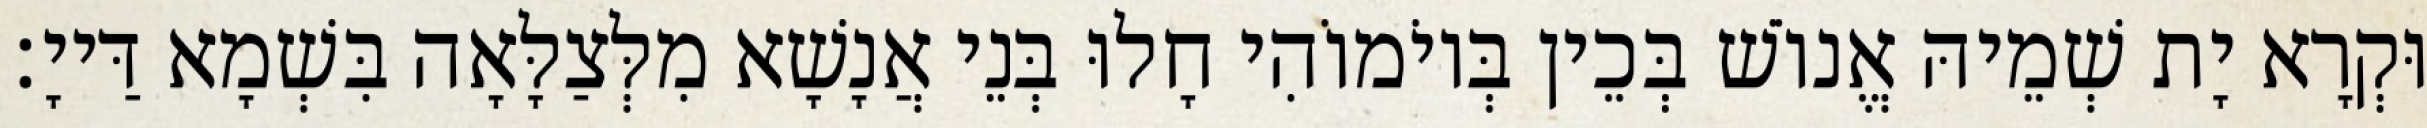
וּקְרָא יָת שְׁמֵיהּ אֱנוֹשׁ בְּכֵין בְּיוֹמוֹהִי חָלוּ בְּנֵי אֲנָשָׁא מִלְּצַלָּאָה בִּשְׁמָא דַּייָ׃